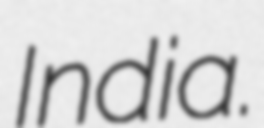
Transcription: India.